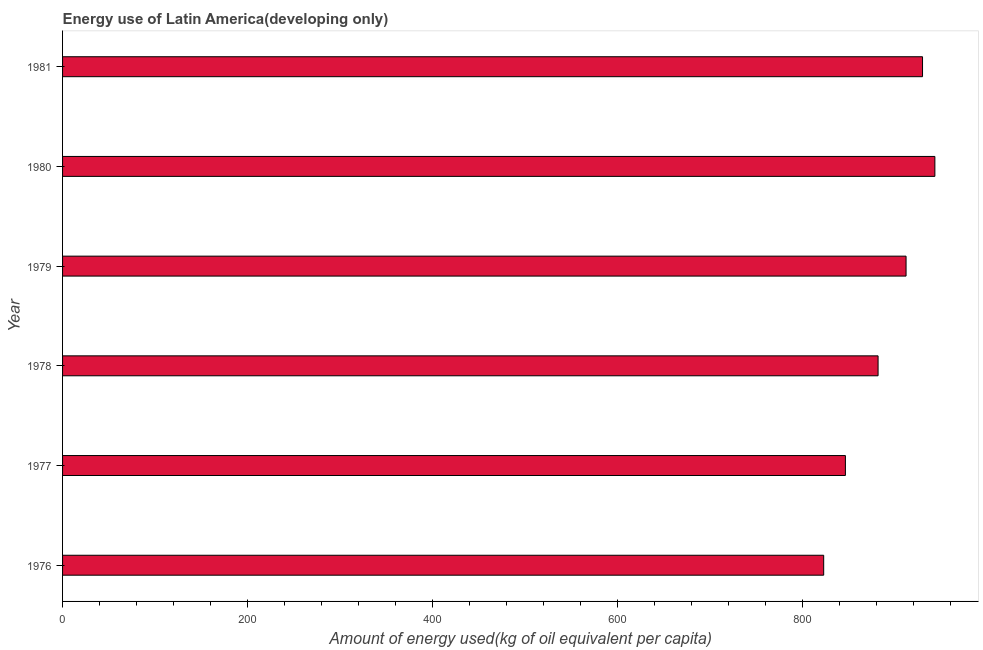
| Year | Energy use  |
 | --- | --- |
 | 1976 | 823 |
 | 1977 | 846 |
 | 1978 | 881 |
 | 1979 | 912 |
 | 1980 | 943 |
 | 1981 | 929 |